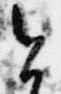
今